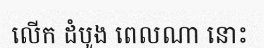
លើក ដំបូង ពេលណា នោះ